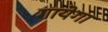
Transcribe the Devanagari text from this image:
गायेगा